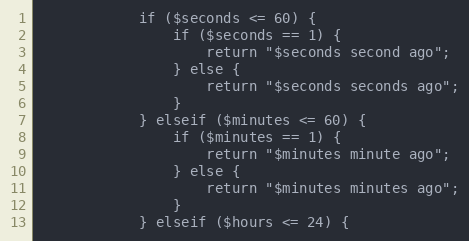
Language: PHP
            if ($seconds <= 60) {
                if ($seconds == 1) {
                    return "$seconds second ago";
                } else {
                    return "$seconds seconds ago";
                }
            } elseif ($minutes <= 60) {
                if ($minutes == 1) {
                    return "$minutes minute ago";
                } else {
                    return "$minutes minutes ago";
                }
            } elseif ($hours <= 24) {